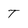
Character: T